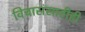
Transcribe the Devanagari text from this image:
विचारांसाठीही